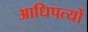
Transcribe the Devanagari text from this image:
आधिपत्यों